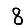
Digit: 8